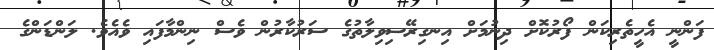
ފަންނީ އެހީތެރިކަން ފޯރުކޮށް ދިނުމަށް އިނގިރޭސިވިލާތުގެ ސަރުކާރުން ވެސް ނިންމާފައި ވެއެވެ. ލަންޑަންގެ